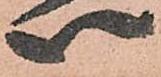
い